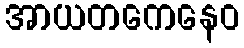
အာယတကေနေဝ